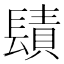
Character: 𨲪